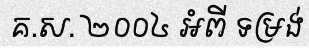
គ.ស. ២០០៤ អំពី ទម្រង់